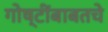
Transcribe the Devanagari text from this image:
गोष्टींबाबतचे